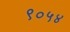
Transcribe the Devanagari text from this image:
९०५४